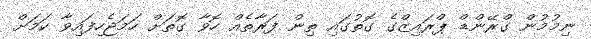
ނިމުމުން ގްރޭންޑް ޕްރައިޒްގެ ގޮތުގައި ތިން ފަރާތެއް ހޮވާ ގޮތަށް ހަމަޖެހިފައިވާ ކަމަށް